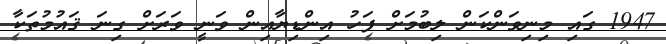
1947 ގައި މިނިވަންކަން ލިބުމަށް ފަހު އިންޑިޔާއިން ވަނީ ވަރަށް ގިނަ ޤައުމުތަކާ